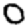
Digit: 0